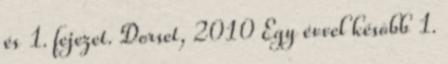
és 1. fejezet. Dorset, 2010 Egy évvel késõbb 1.